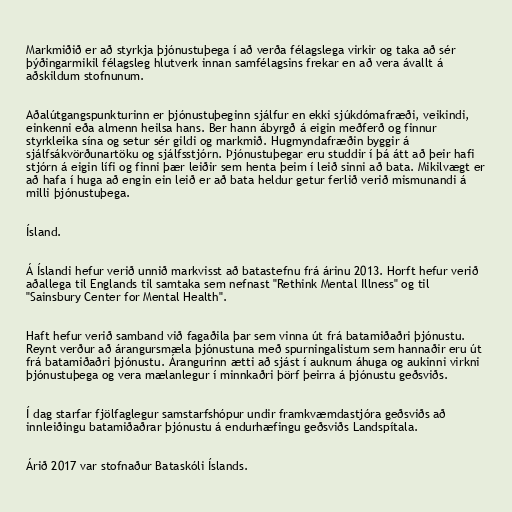
Markmiðið er að styrkja þjónustuþega í að verða félagslega virkir og taka að sér
þýðingarmikil félagsleg hlutverk innan samfélagsins frekar en að vera ávallt á
aðskildum stofnunum.

Aðalútgangspunkturinn er þjónustuþeginn sjálfur en ekki sjúkdómafræði, veikindi,
einkenni eða almenn heilsa hans. Ber hann ábyrgð á eigin meðferð og finnur
styrkleika sína og setur sér gildi og markmið. Hugmyndafræðin byggir á
sjálfsákvörðunartöku og sjálfsstjórn. Þjónustuþegar eru studdir í þá átt að þeir hafi
stjórn á eigin lífi og finni þær leiðir sem henta þeim í leið sinni að bata. Mikilvægt er
að hafa í huga að engin ein leið er að bata heldur getur ferlið verið mismunandi á
milli þjónustuþega.

Ísland.

Á Íslandi hefur verið unnið markvisst að batastefnu frá árinu 2013. Horft hefur verið
aðallega til Englands til samtaka sem nefnast "Rethink Mental Illness" og til
"Sainsbury Center for Mental Health".

Haft hefur verið samband við fagaðila þar sem vinna út frá batamiðaðri þjónustu.
Reynt verður að árangursmæla þjónustuna með spurningalistum sem hannaðir eru út
frá batamiðaðri þjónustu. Árangurinn ætti að sjást í auknum áhuga og aukinni virkni
þjónustuþega og vera mælanlegur í minnkaðri þörf þeirra á þjónustu geðsviðs.

Í dag starfar fjölfaglegur samstarfshópur undir framkvæmdastjóra geðsviðs að
innleiðingu batamiðaðrar þjónustu á endurhæfingu geðsviðs Landspítala.

Árið 2017 var stofnaður Bataskóli Íslands.